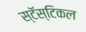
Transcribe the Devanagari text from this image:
स्टॅस्टिकल